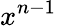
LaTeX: x^{n-1}